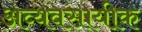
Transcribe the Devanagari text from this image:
अव्यवसायीक